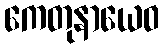
ကေတုနာယေဝ